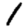
Digit: 1